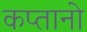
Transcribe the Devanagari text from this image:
कप्तानो